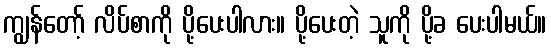
ကျွန်တော့် လိပ်စာကို ပို့ပေးပါလား။ ပို့ပေးတဲ့ သူကို ပို့ခ ပေးပါမယ်။